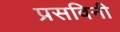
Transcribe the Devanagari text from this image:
प्रसविनी